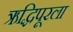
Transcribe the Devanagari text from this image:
ऋद्धिपूरला